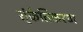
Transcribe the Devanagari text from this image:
स्ंकेतिकरण